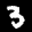
Label: 3